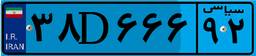
۰۲D۹۹۴۶۳